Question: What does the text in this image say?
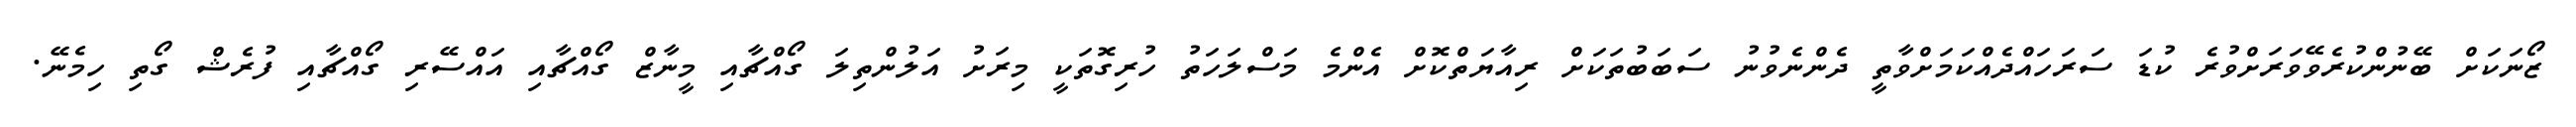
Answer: ޒޯނަކަށް ބޭނުންކުރެވޭވަރަށްވުރެ ކުޑަ ސަރަހައްދެއްކަމަށްވާތީ ދެންނެވުނު ސަބަބުތަކަށް ރިއާޔަތްކޮށް އެންމެ މަސްލަހަތު ހުރިގޮތަކީ މިރަށު އަލުންތިލަ ގޯއްޗާއި މީނާޒް ގޯއްޗާއި އައްސޭރި ގޯއްޗާއި ފުރެޝް ގޯތި ހިމެނޭ.